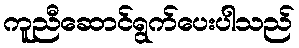
ကူညီဆောင်ရွက်ပေးပါသည်